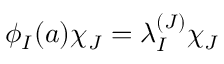
\phi _ { I } ( a ) \chi _ { J } = \lambda _ { I } ^ { ( J ) } \chi _ { J }